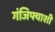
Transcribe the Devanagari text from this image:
गंजिफ्याशी